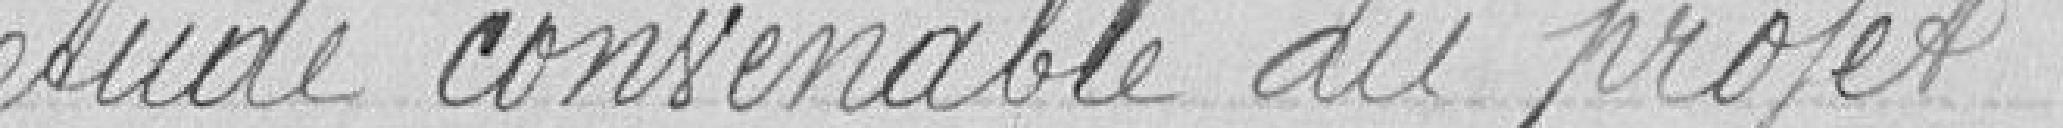
étude convenable au projet.